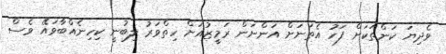
ވެދިޔަ ކަންތަކަށް ފަހު އެތަނަށް އަންނަން ރަމީޒުއަށް ހިތްވަރު ލިބުނީ ކިހިނެއްބާވައޭ ވެސް